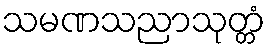
သမဏသညာသုတ္တံ